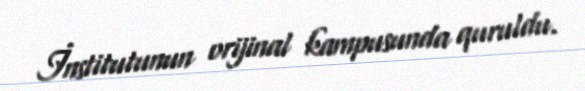
İnstitutunun orijinal kampusunda quruldu.